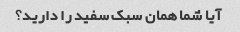
آیا شما همان سبک سفید را دارید؟